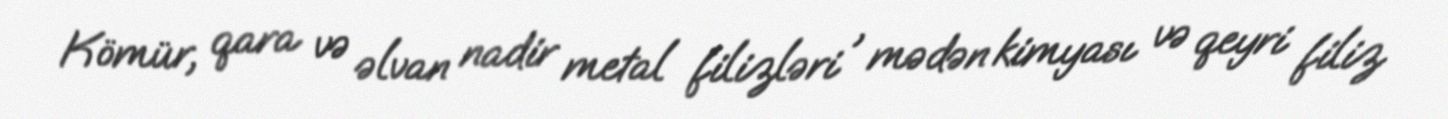
Kömür, qara və əlvan nadir metal filizləri , mədən kimyası və qeyri filiz